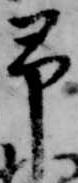
予